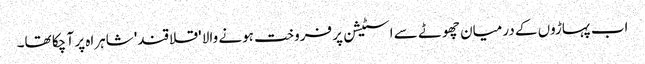
اب پہاڑوں کے درمیان چھوٹے سے اسٹیشن پر فروخت ہونے والا 'قلاقند' شاہراہ پر آ چکا تھا۔